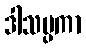
ဒါသပ္ပကာ